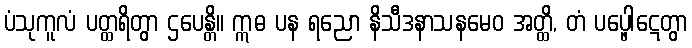
ပံသုကူလံ ပတ္ထရိတွာ ဌပေန္တိ။ ဣဓ ပန ရညော နိသီဒနာသနမေဝ အတ္ထိ, တံ ပပ္ဖေါဋေတွာ